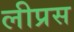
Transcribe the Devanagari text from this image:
लीप्रस